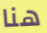
هنا